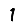
Digit: 1